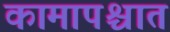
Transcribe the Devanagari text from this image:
कामापश्चात